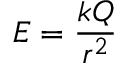
E = \frac { k Q } { r ^ { 2 } }